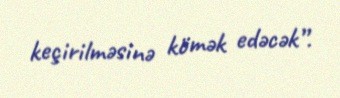
keçirilməsinə kömək edəcək”.